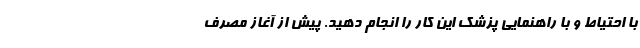
با احتیاط و با راهنمایی پزشک این کار را انجام دهید. پیش از آغاز مصرف